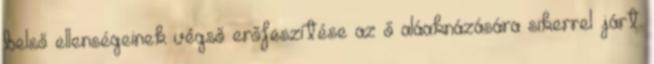
belső ellenségeinek végső erőfeszítése az ő aláaknázására sikerrel járt: